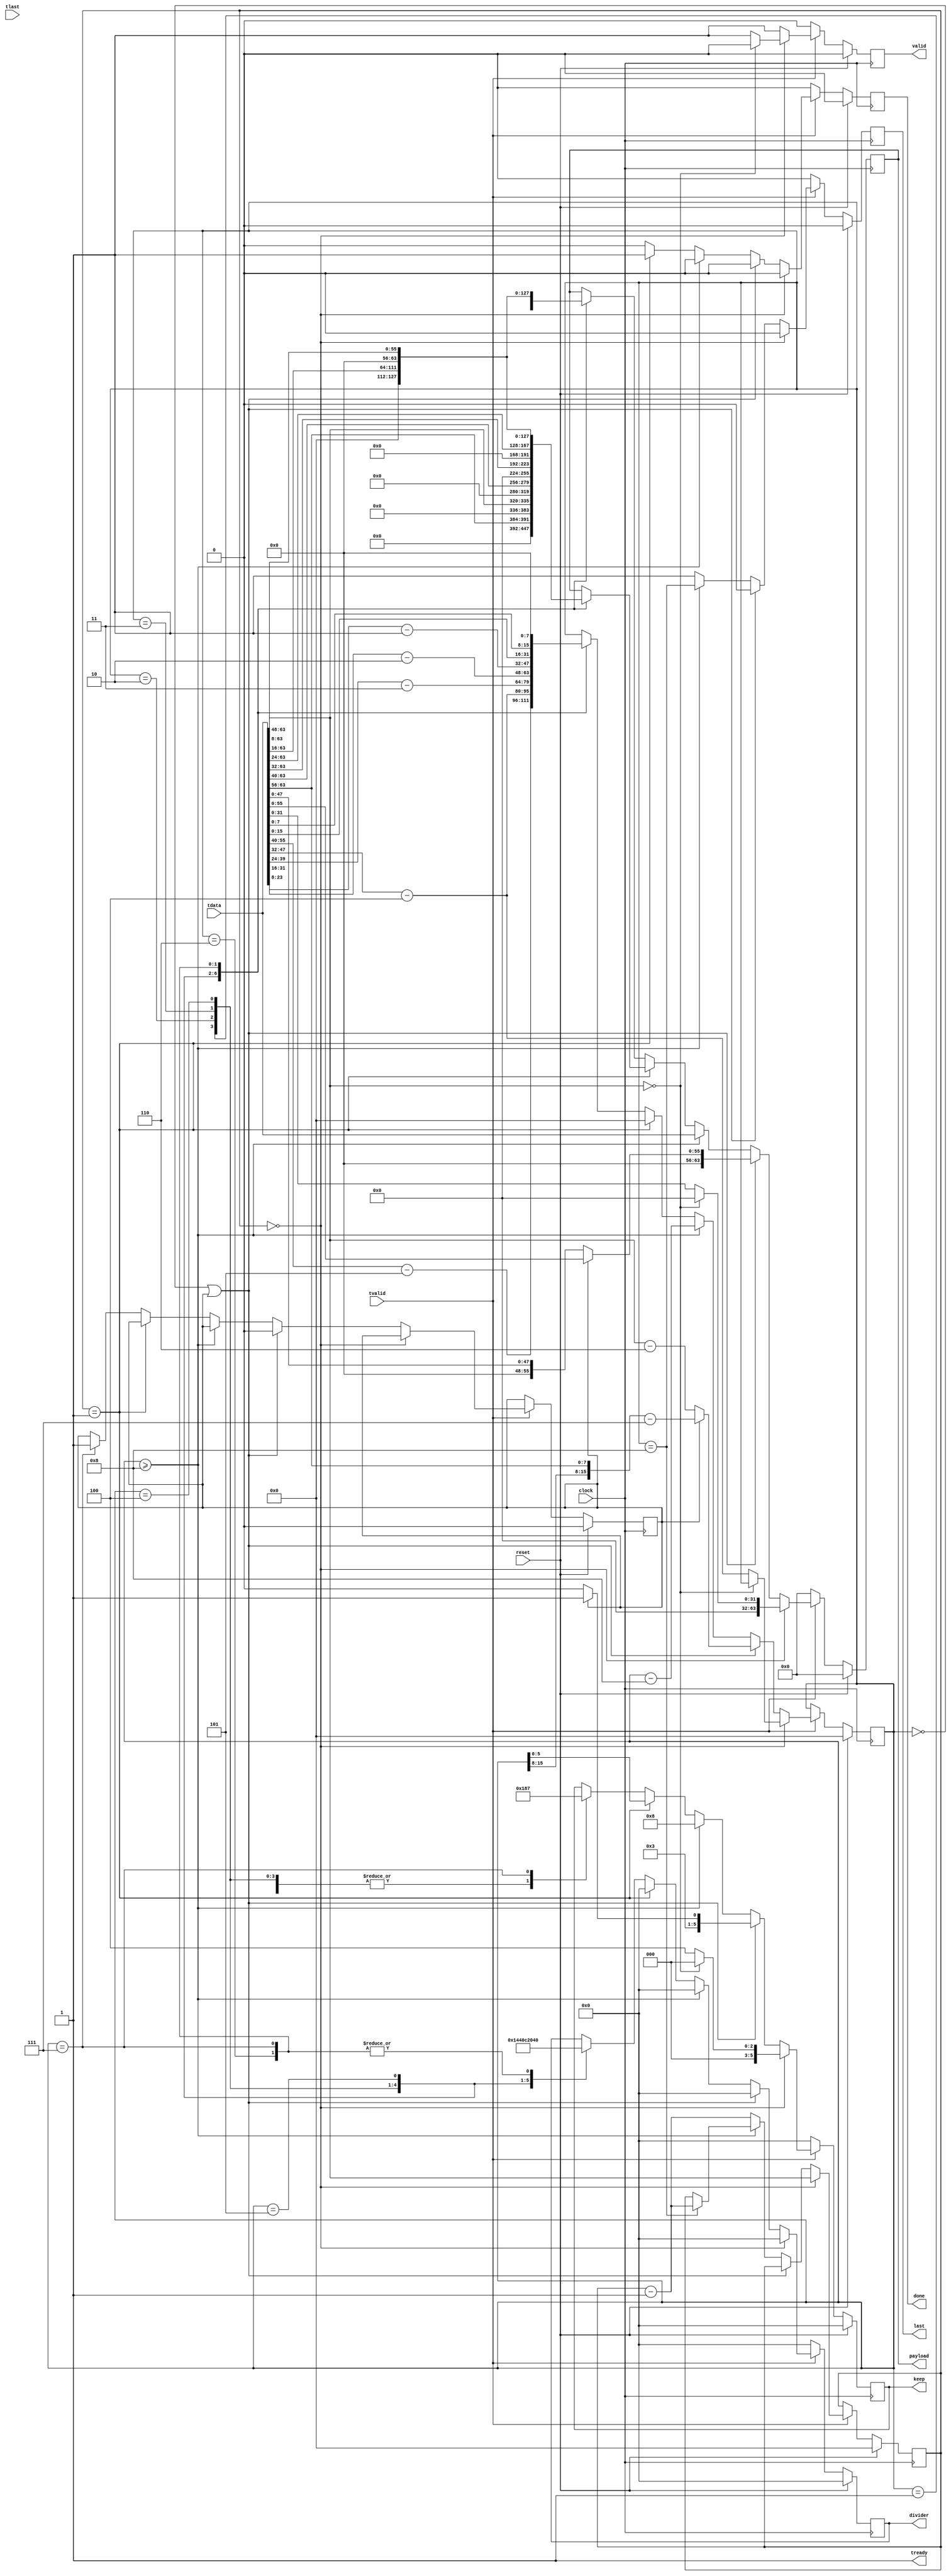
`timescale 1ns / 1ps

module Extractor(
    clock, reset,
    tvalid, tready, tdata, tlast,
    valid, payload, keep, divider, last, done
);

localparam WIDTH = 8; // bytes

// inputs
input wire clock;
input wire reset;

// AXI stream
input wire tvalid;
input wire tlast;
input wire[63:0] tdata;
output wire tready;

// outputs
output reg valid; // the output has new data
output reg[63:0] payload;
output reg[5:0] keep; // how many bytes are valid
output reg[5:0] divider; // how many bytes belong to payload 2
output reg last; // it is the last part of the payload
output reg done; // signalizes the delivery of all payloads of a stream

// state registers
reg[15:0] msgCount;
reg[15:0] msgLength;
reg isMsgLengthIncomplete;

// wires
wire [15:0] in0_msgCount, in0_msgLength;
wire [31:0] in0_payload;
assign in0_msgCount = tdata[63:48];
assign in0_msgLength = tdata[47:32];
assign in0_payload = tdata[31:0];

// logic

assign tready = 1'b1; // the module is always ready since it processes the input in one cycle

always @(posedge clock) begin
    if (reset) begin
        msgCount  <= 16'd0;
        msgLength <= 16'd0;
        isMsgLengthIncomplete = 1'b0;
        valid <= 1'b0;
        payload <= 64'd0;
        keep <= 6'd0;
        divider <= 6'd0;
        last <= 1'b0;
        done <= 1'b0;
    end else begin
        if (tvalid) begin
            if (!msgCount) begin // beginning of package
                msgCount <= in0_msgCount;
                if (!in0_msgCount) begin // the message count informed is zero
                    valid <= 1'b0;
                    payload <= 64'd0;
                    keep <= 6'd0;
                    divider <= 6'd0;
                    last <= 1'b0;
                    done <= 1'b0;
                end else begin
                    msgLength <= in0_msgLength - 4;
                    valid <= 1'b1;
                    payload <= {32'd0, in0_payload};
                    keep <= 6'd4;
                    divider <= 6'd0;
                    last <= 1'b0;
                    done <= 1'b0;
                end
            end else begin // following input data
                // this input data certainly cointans payload
                // may contain message length
                // and does not contain message count
            
                // at least part of the new message length is in new the input data
                if (!msgLength || isMsgLengthIncomplete) begin
                    // partial msgLength may be caused by odd payload length
                    if (isMsgLengthIncomplete) begin
                        msgLength <= {msgLength[15:8], tdata[63:56]} - 16'd7;
                        payload <= {8'd0, tdata[55:0]};
                        keep <= 6'd7;
                    end else begin
                        msgLength <= tdata[63:48] - 6;
                        payload <= {16'd0, tdata[47:0]};
                        keep <= 6'd6;
                    end
                    isMsgLengthIncomplete <= 1'b0;
                    // more of the payload to come in the next cycle(s)
                    valid <= 1'b1;
                    divider <= 6'd0;
                    last <= 1'b0;
                    done <= 1'b0;
                end else if (msgLength >= WIDTH) begin
                    msgLength <= msgLength - WIDTH;
                    valid <= 1'b1;
                    payload <= tdata;
                    keep <= 6'd8;
                    divider <= 6'd0;
                    if (msgLength == WIDTH) begin // end of payload
                        last <= 1'b1;
                        done <= msgCount == 16'd1;
                        msgCount <= msgCount - 1;
                    end else begin
                        last <= 1'b0;
                        done <= 1'b0;
                    end
                    last <= (msgLength == WIDTH);
                    done <= 1'b0;
                end else begin // msgLength < WIDTH
                    if (msgCount == 16'd1) begin
                        done <= 1'b1;
                        keep <= msgLength[5:0];
                        divider <= 6'd0;
                        msgLength <= 16'd0;
                        case (msgLength)
                            1: begin
                                payload <= {56'd0, tdata[63:56]};
                            end
                            2 : begin
                                payload <= {48'd0, tdata[63:48]};
                            end
                            3 : begin
                                payload <= {40'd0, tdata[63:40]};
                            end
                            4 : begin
                                payload <= {32'd0, tdata[63:32]};
                            end
                            5 : begin
                                payload <= {24'd0, tdata[63:24]};
                            end
                            6 : begin
                                payload <= {16'd0, tdata[63:16]};
                            end
                            7 : begin
                                payload <= { 8'd0, tdata[63:08]};
                            end
                        endcase
                    end else begin
                        done <= 1'b0;
                        case (msgLength)
                            1: begin
                                keep <= 6'd6;
                                divider <= 6'd5;
                                payload <= {16'd0, tdata[63:56], tdata[39:0]};
                                msgLength <= tdata[55:40] - 16'd5;
                            end
                            2 : begin
                                keep <= 6'd6;
                                divider <= 6'd4;
                                payload <= {16'd0, tdata[63:48], tdata[31:0]};
                                msgLength <= tdata[47:32] - 16'd4;
                            end
                            3 : begin
                                keep <= 6'd6;
                                divider <= 6'd3;
                                payload <= {16'd0, tdata[63:40], tdata[23:0]};
                                msgLength <= tdata[39:24] - 16'd3;
                            end
                            4 : begin
                                keep <= 6'd6;
                                divider <= 6'd2;
                                payload <= {16'd0, tdata[63:32], tdata[15:0]};
                                msgLength <= tdata[31:16] - 16'd2;
                            end
                            5 : begin
                                keep <= 6'd6;
                                divider <= 6'd1;
                                payload <= {16'd0, tdata[63:24], tdata[7:0]};
                                msgLength <= tdata[23:8] - 16'd1;
                            end
                            6 : begin
                                keep <= 6'd6;
                                divider <= 6'd0;
                                payload <= {16'd0, tdata[63:16]};
                                msgLength <= tdata[15:0];
                            end
                            7 : begin
                                keep <= 6'd7;
                                divider <= 6'd0;
                                payload <= {8'd0, tdata[63:8]};
                                msgLength <= {tdata[7:0], 8'd0};
                                isMsgLengthIncomplete <= 1'b1;
                            end
                        endcase
                    end
                    msgCount <= msgCount - 1;
                    valid <= 1'b1;
                    last <= 1'b1;
                end
            end
        end else begin // !tvalid
            valid <= 1'b0;
            payload <= 64'd0;
            keep <= 6'd0;
            divider <= 6'd0;
            last <= 1'b0;
            done <= 1'b0;
        end
    end
end

endmodule